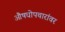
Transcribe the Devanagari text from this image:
औषधोपचारांवर